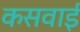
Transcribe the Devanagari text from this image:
कसवाई